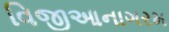
વિજીઆનાગરમ